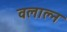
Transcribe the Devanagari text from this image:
वलाल्न